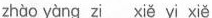
zhào yàng zi xiě yi xiě